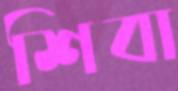
শিবা